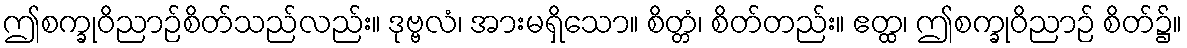
ဤစက္ခုဝိညာဉ်စိတ်သည်လည်း။ ဒုဗ္ဗလံ၊ အားမရှိသော။ စိတ္တံ၊ စိတ်တည်း။ ဧတ္ထ၊ ဤစက္ခုဝိညာဉ် စိတ်၌။